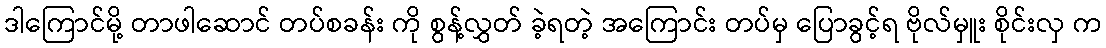
ဒါကြောင်မို့ တာဖါဆောင် တပ်စခန်း ကို စွန့်လွှတ် ခဲ့ရတဲ့ အကြောင်း တပ်မှ ပြောခွင့်ရ ဗိုလ်မှူး စိုင်းလှ က